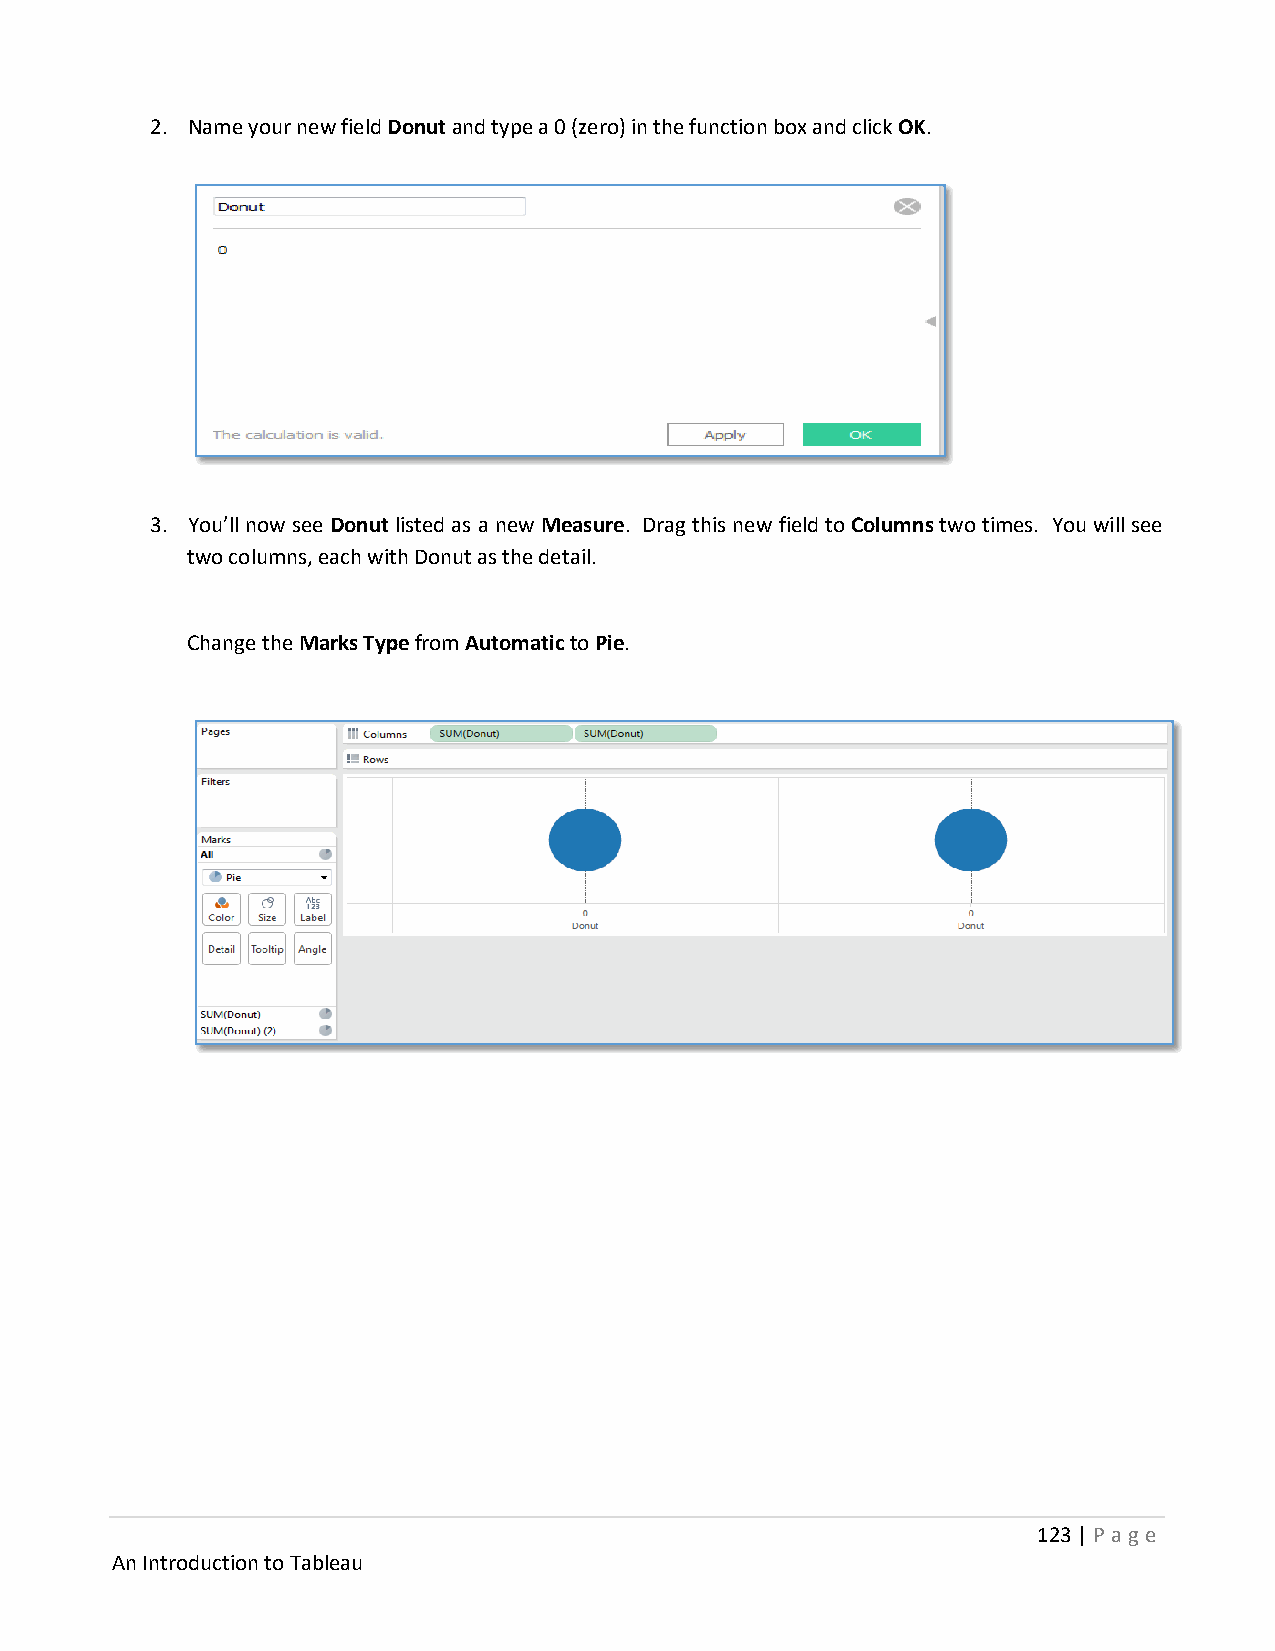
2. Name your new field Donut and type a 0 (zero) in the function box and click OK.
 3. You’ll now see Donut listed as a new Measure. Drag this new field to Columns two times. You will see
 two columns, each with Donut as the detail.
 Change the Marks Type from Automatic to Pie.
 123 | P age
 An Introduction to Tableau